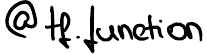
@tf.function